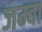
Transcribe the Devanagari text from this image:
जम्बा